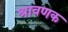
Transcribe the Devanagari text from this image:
श्रावणक